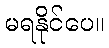
မရနိုင်ပေ။